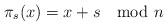
LaTeX: \begin{align*}\pi_s(x)=x+s \mod n\end{align*}